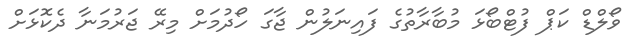
ވޯލްޑް ކަޕް ފުޓްބޯޅަ މުބާރާތުގެ ފައިނަލުން ޖާގަ ހޯދުމަށް މިރޭ ޖަރުމަނާ ދެކޮޅަށް